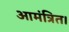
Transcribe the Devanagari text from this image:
आमंत्रित।